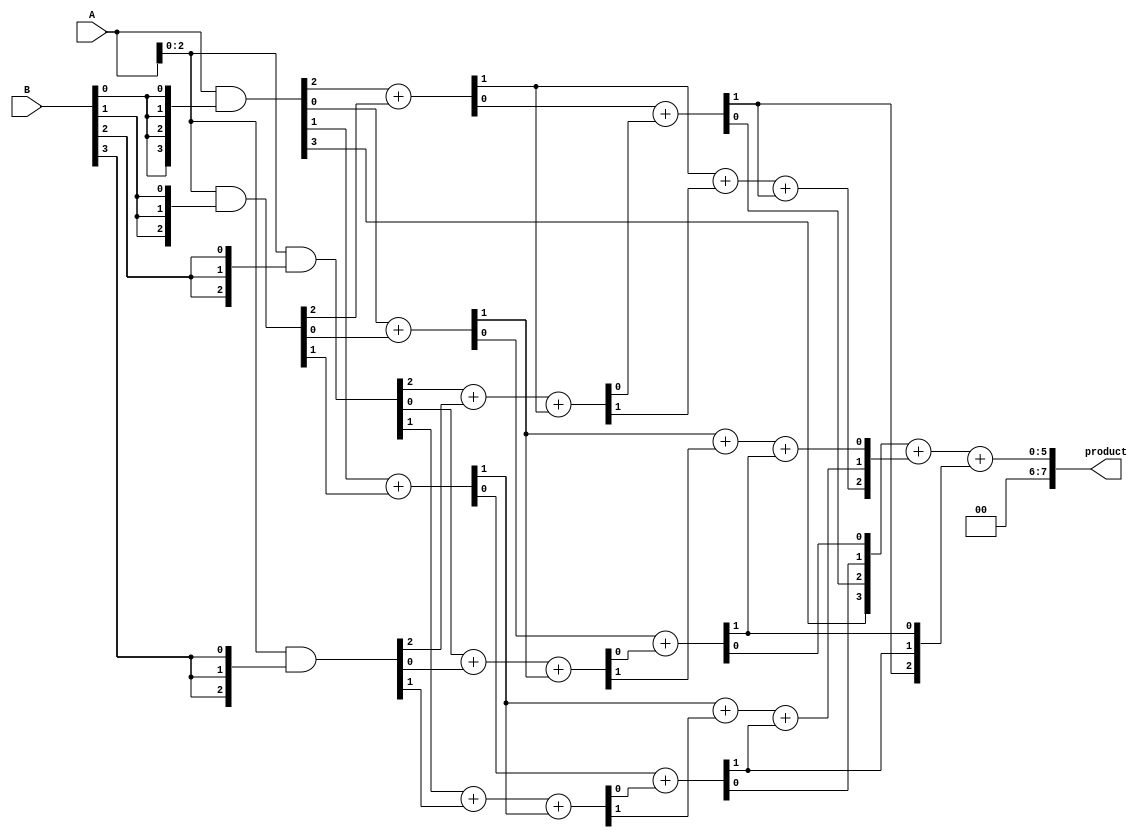
module wallace_tree_multiplier #(parameter N = 4) (
    input [N-1:0] A,
    input [N-1:0] B,
    output reg [2*N-1:0] product
);

    wire [N-1:0] pp[N-1:0]; // Partial products
    wire [N-1:0] sum1 [N-1:0]; // First stage sums
    wire [N-1:0] carry1 [N-1:0]; // First stage carries
    wire [N-1:0] sum2 [N-1:0]; // Second stage sums
    wire [N-1:0] carry2 [N-1:0]; // Second stage carries
    wire [N-1:0] final_sum;
    wire [N-1:0] final_carry;

    // Partial Product Generation
    genvar i, j;
    generate
        for (i = 0; i < N; i = i + 1) begin : pp_gen
            assign pp[i] = A & {N{B[i]}};
        end
    endgenerate

    // Wallace Tree Reduction: Stage 1
    generate
        for (i = 0; i < N; i = i + 1) begin : stage1
            if (i < N-1) begin
                // Half Adders for the first two rows of partial products
                assign {carry1[0][i], sum1[0][i]} = pp[0][i] + pp[1][i]; // HA
                // Full Adders for subsequent rows
                assign {carry1[1][i], sum1[1][i]} = pp[2][i] + pp[3][i] + carry1[0][i]; // FA
            end else begin
                assign sum1[0][i] = pp[0][i];
                assign carry1[0][i] = 1'b0;
            end
        end
    endgenerate

    // Wallace Tree Reduction: Stage 2
    generate
        for (i = 0; i < N; i = i + 1) begin : stage2
            if (i < N-1) begin
                // Half Adders
                assign {carry2[0][i], sum2[0][i]} = sum1[0][i] + sum1[1][i]; // HA
                // Full Adders
                assign {carry2[1][i], sum2[1][i]} = carry1[0][i] + carry1[1][i] + carry2[0][i]; // FA
            end else begin
                assign sum2[0][i] = sum1[0][i];
                assign carry2[0][i] = 1'b0;
            end
        end
    endgenerate

    // Final Addition
    always @* begin
        {final_carry, final_sum} = sum2[0] + sum2[1] + carry2[0]; // Final addition
        product = {final_carry, final_sum}; // Concatenate to form 2n-bit product
    end

endmodule